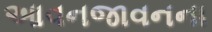
આવનજાવનના